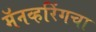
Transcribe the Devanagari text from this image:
मॅनव्हरिंगचा